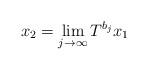
LaTeX: \begin{align*}x_2=\lim_{j\to\infty}T^{b_j}x_1\end{align*}